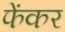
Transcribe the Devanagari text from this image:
फेंकर